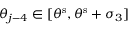
\theta _ { j - 4 } \in [ \theta ^ { \mathrm { s } } , \theta ^ { \mathrm { s } } + \sigma _ { 3 } ]